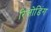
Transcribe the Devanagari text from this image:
रिलोडिंग